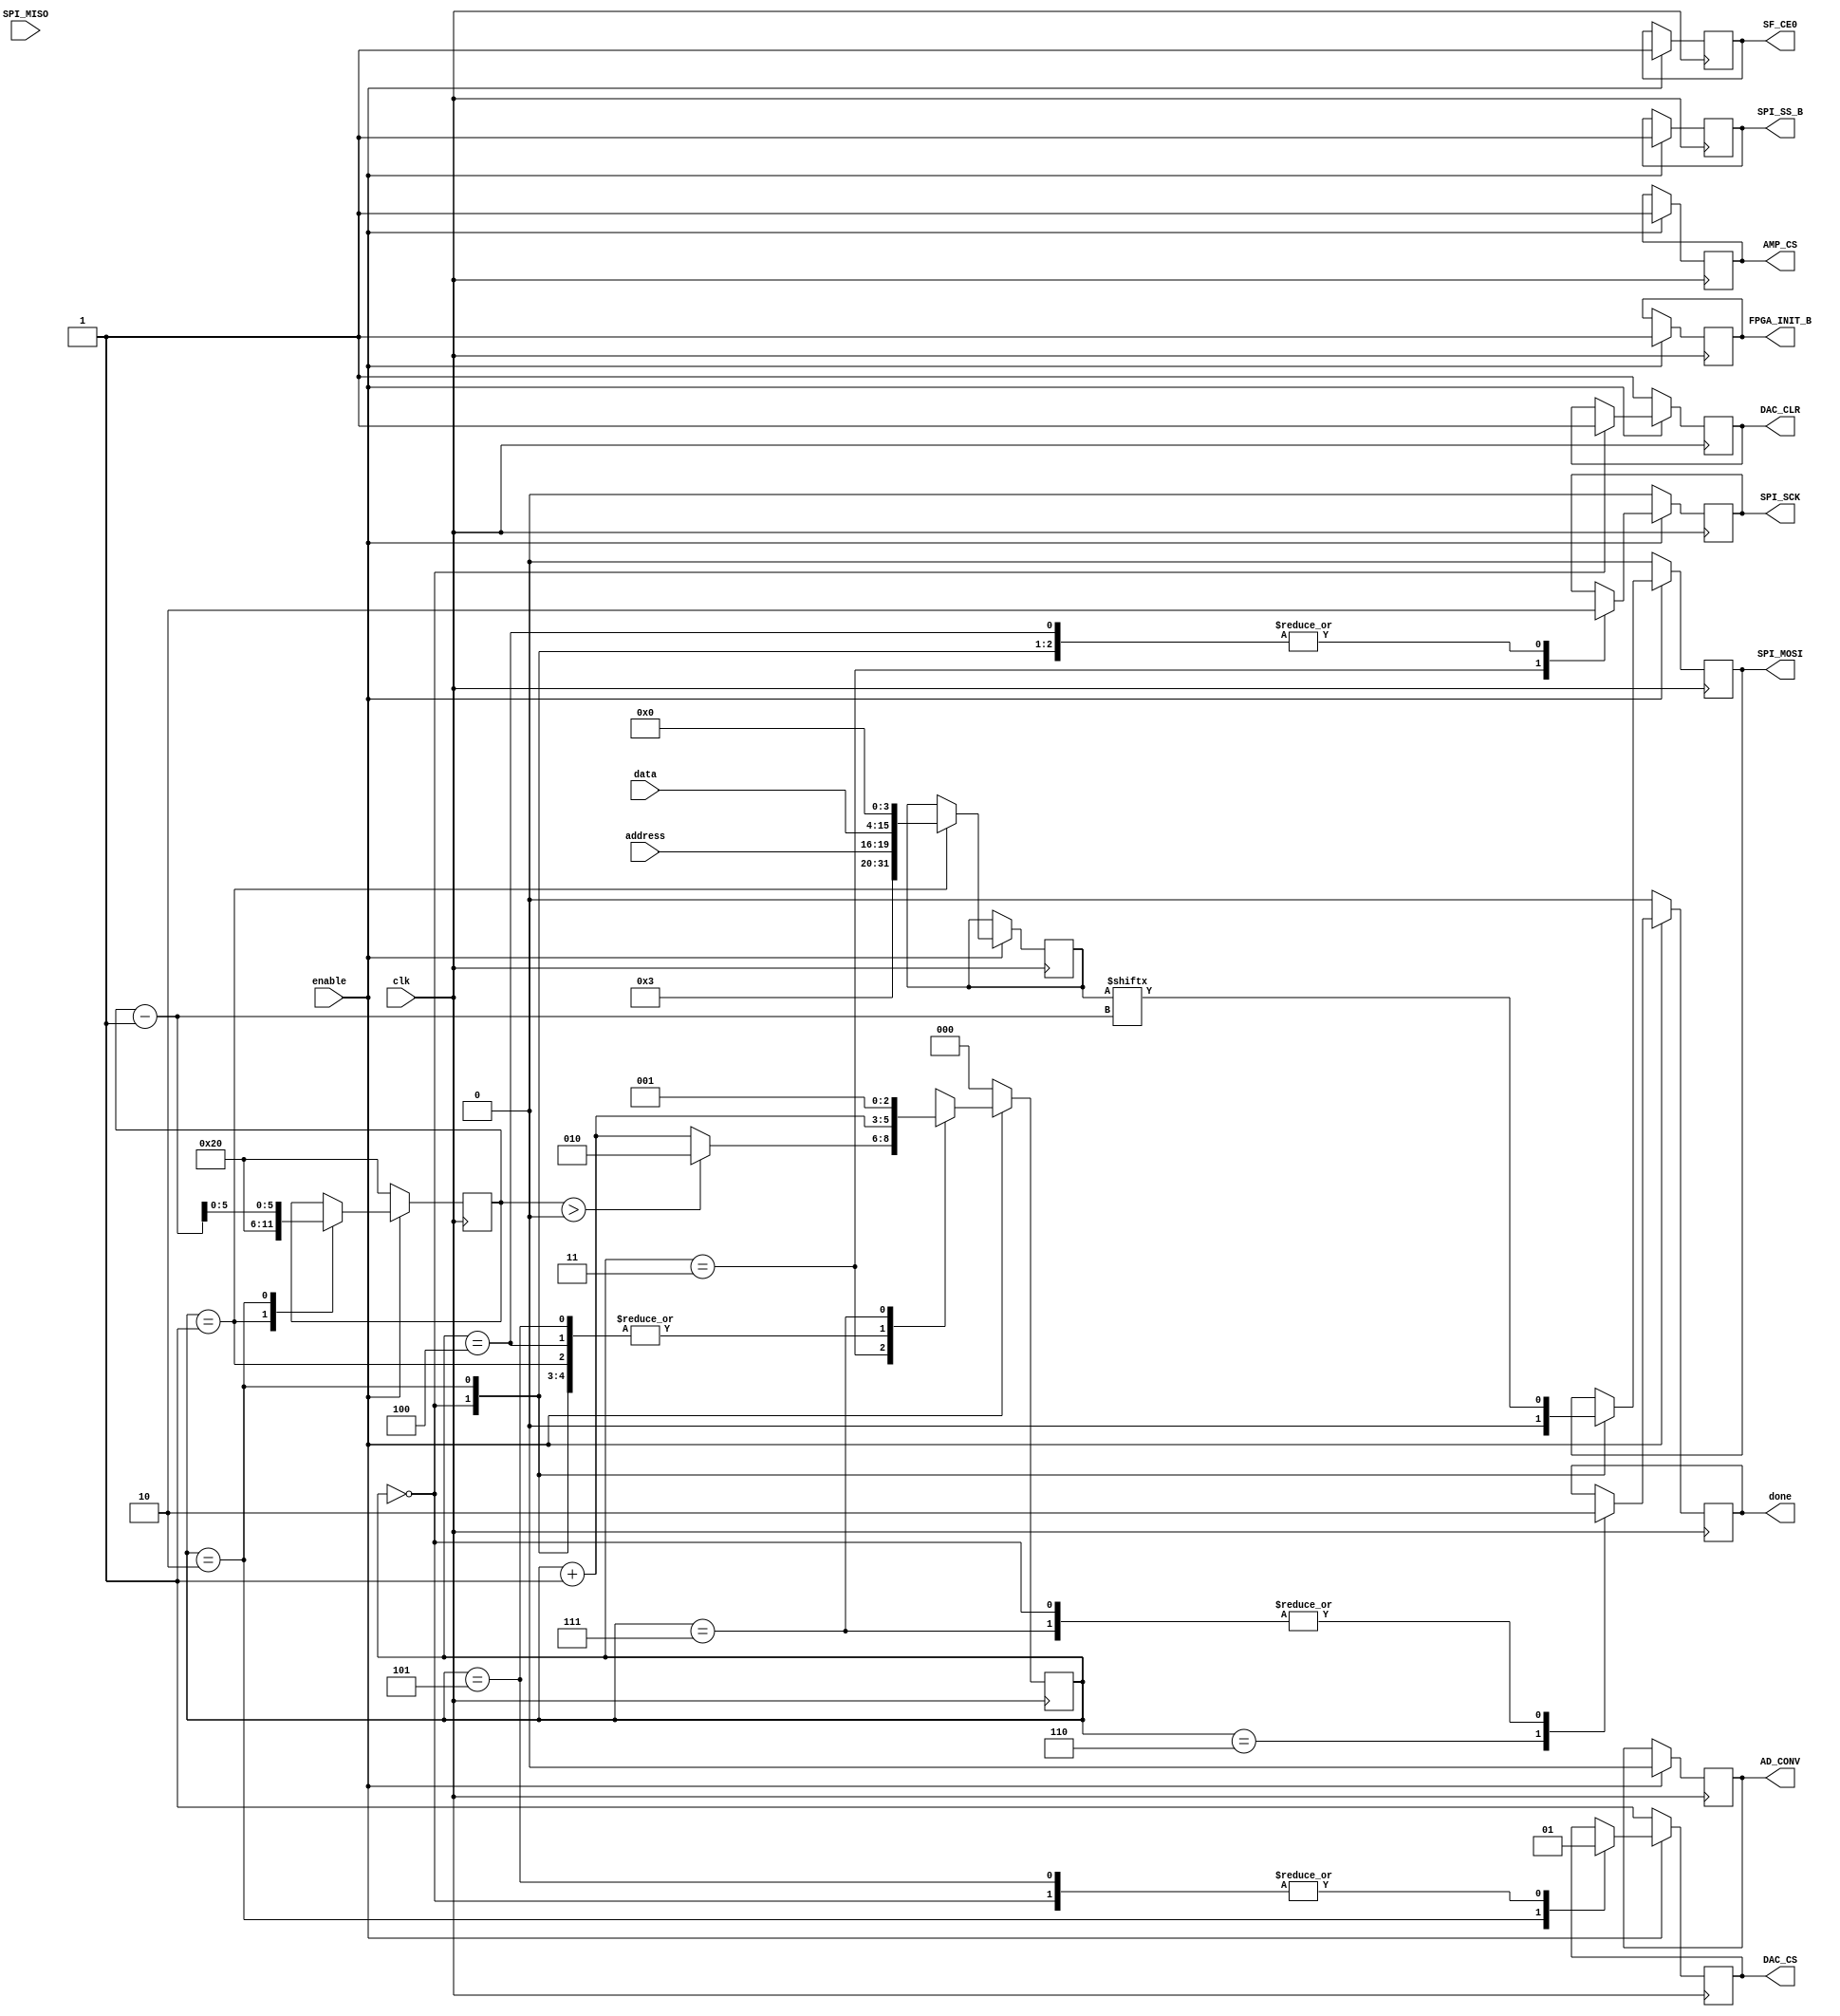
//En primer lugar, se importa el modulo DAC subido en el material docente de ucursos
`timescale 1ns / 1ps
module DAC(clk, enable, done, data, address,	SPI_MOSI, DAC_CS, SPI_SCK, DAC_CLR, SPI_MISO, SPI_SS_B, AMP_CS, AD_CONV, SF_CE0, FPGA_INIT_B); //modulo de ucursos

	// input and outputs
	input 	clk, enable, SPI_MISO;
	output	done;			// goes high for one clock cycle when done
	input 	[11:0]	data;		// desired DAC value
	input 	[3:0]	address;	// DAC want to use
	output 	SPI_MOSI, DAC_CS, SPI_SCK, DAC_CLR;
	output 	SPI_SS_B, AMP_CS, AD_CONV, SF_CE0, FPGA_INIT_B;

	wire 	clk, enable, SPI_MISO;
	reg		done;
	wire 	[11:0]	data;
	wire 	[3:0]	address;
	reg 	SPI_MOSI, DAC_CS, SPI_SCK, DAC_CLR;
	reg 	SPI_SS_B, AMP_CS, AD_CONV, SF_CE0, FPGA_INIT_B;

	// internal variables
	reg [2:0] 	Cs = 0;
	reg [31:0]	send;
	reg [5:0]	bit_pos = 32;	

	always @(posedge clk) begin
		// when enable is on
		if (enable == 1) begin
			// disable other SPI devices
			SPI_SS_B 	<= 1;
			AMP_CS 		<= 1;
			AD_CONV 		<= 0;
			SF_CE0 		<= 1;
			FPGA_INIT_B <= 1;

			case (Cs)
				0:	begin
						// initial
						DAC_CS 	<= 1;
						SPI_MOSI <= 0;
						SPI_SCK	<= 0;
						DAC_CLR	<= 1;
						done 		<= 0;
						Cs <= Cs + 1;
					end
				1: begin
						// set data to be sent
						send <= {8'b00000000, 4'b0011, address, data, 4'b0000};

						// set for next
						bit_pos <= 32;
						Cs <= Cs + 1;
					end
				2: begin
						// start sending
						DAC_CS 	<= 0;

						// lower clock
						SPI_SCK	<= 0;

						// set data pin
						SPI_MOSI <= send[bit_pos-1];
						bit_pos <= bit_pos - 1;
						Cs <= Cs + 1;
					end
				3: begin
						// rise spi clock
						if (bit_pos > 0) begin
							SPI_SCK <= 1;
							Cs <= 2;
						end else begin
							SPI_SCK <= 1;
							Cs <= Cs + 1;
						end
					end
				4: begin
						SPI_SCK <= 0;
						Cs <= Cs + 1;
					end
				5: begin
						DAC_CS <= 1;
						Cs <= Cs + 1;
					end
				6: begin
						done <= 1;	// send done signal
						Cs <= Cs + 1;
					end
				7: begin
						done <= 0;	// go back to loop
						Cs <= 1;
					end
				default: begin
						DAC_CS 	<= 1;
						SPI_MOSI <= 0;
						SPI_SCK	<= 0;
						DAC_CLR	<= 1;
					end
			endcase
		end else begin
			// reset
			DAC_CS 	<= 1;
			SPI_MOSI <= 0;
			SPI_SCK	<= 0;
			DAC_CLR	<= 1;
			done 		<= 0;
			Cs 		<= 0;
			bit_pos 	<= 32;
		end
	end
endmodule

//Posteriormente se crea el modulo que interpreta las seales enviadas por el teclado.
module PianoG1(CLK, CLK_K, K_DATA, SPI_MOSI, DAC_CS, SPI_SCK, DAC_CLR, SPI_MISO, SPI_SS_B, SF_CE0, FPGA_INIT_B, AD_CONV, AMP_CS);

	//Declaramos entradas
	input CLK; //Reloj de la FGPA
	input CLK_K, K_DATA; //Reloj y datos del teclado
	input SPI_MISO; //Entrada DAC

	//Salidas DAC
	output SPI_MOSI, DAC_CS, SPI_SCK, DAC_CLR;
	output SPI_SS_B, SF_CE0, FPGA_INIT_B, AD_CONV, AMP_CS;
	
	//Codificamos las teclas a usar del teclado (8 bits)
	wire [7:0] A=8'h1C;
	wire [7:0] S=8'h1B;
	wire [7:0] D=8'h23;
	wire [7:0] F=8'h2B;
	wire [7:0] G=8'h34;
	wire [7:0] H=8'h33;
	wire [7:0] J=8'h3B;
	wire [7:0] K=8'h42;
	wire [7:0] L=8'h4B;
	wire [7:0] Q=8'h15;
	wire [7:0] W=8'h1D;
	wire [7:0] E=8'h24;
	wire [7:0] R=8'h2D;
	wire [7:0] T=8'h2C;
	wire [7:0] Y=8'h35;
	wire [7:0] U=8'h3C;
	wire [7:0] I=8'h43;
	wire [7:0] O=8'h44;
	wire [7:0] P=8'h4D;
	
	//Definimos las notas, las cuales actualizaran su valor si se pulsa una tecla 
	reg LAmm;
	reg SImm;
	reg DOm;
	reg REm;
	reg MIm;
	reg FAm;
	reg SOLm;
	reg LAm;
	reg SIm;
	reg DO;
	reg RE;
	reg MI;
	reg FA;
	reg SOL;
	reg LA;
	reg SI;
	reg DOM;
	reg REM;
	reg MIM;
	
	//Definimos las variables que controlan las frecuencias para cada nota
	reg [20:0] FRECLAmm;
	reg [20:0] FRECSImm;
	reg [20:0] FRECDOm;
	reg [20:0] FRECREm;
	reg [20:0] FRECMIm;
	reg [20:0] FRECFAm;
	reg [20:0] FRECSOLm;
	reg [20:0] FRECLAm;
	reg [20:0] FRECSIm;
	reg [20:0] FRECDO;
	reg [20:0] FRECRE;
	reg [20:0] FRECMI;
	reg [20:0] FRECFA;
	reg [20:0] FRECSOL;
	reg [20:0] FRECLA;
	reg [20:0] FRECSI;
	reg [20:0] FRECDOM;
	reg [20:0] FRECREM;
	reg [20:0] FRECMIM;
	
	//Definimos el estado de cada nota, esto es, si va a sonar o no
	reg notaLAmm;
	reg notaSImm;
	reg notaDOm;
	reg notaREm;
	reg notaMIm;
	reg notaFAm;
	reg notaSOLm;
	reg notaLAm;
	reg notaSIm;
	reg notaDO;
	reg notaRE;
	reg notaMI;
	reg notaFA;
	reg notaSOL;
	reg notaLA;
	reg notaSI;
	reg notaDOM;
	reg notaREM;
	reg notaMIM;
	reg nota;

	// Codigo de lectura del teclado, obtenido en:
	//https://www.instructables.com/id/PS2-Keyboard-for-FPGA/
	reg read ;//this is 1 if still waits to receive more bits 
	reg [11:0] count_reading; //this is used to detect how much time passed since it received the previous codeword
	reg PREVIOUS_STATE;//used to check the previous state of the keyboard clock signal to know if it changed
	reg scan_err; //this becomes one if an error was received somewhere in the packet
	reg [10:0] scan_code; //this stores 11 received bits
	reg [7:0] CODEWORD; //this stores only the DATA codeword
	reg TRIG_ARR; //this is triggered when full 11 bits are received
	reg [3:0] COUNT; //tells how many bits were received until now (from 0 to 11)
	reg TRIGGER=0; //This acts as a 250 times slower than the board clock. 
	reg [7:0] DOWNCOUNTER=0; //This is used together with TRIGGER - look the code
	reg [7:0]LAST_KEY=8'h0; //Usada para setear en 0 cuando se deje de presionar una tecla
	
	
	//Set initial values
	initial begin
		PREVIOUS_STATE = 1;		
		scan_err = 0;		
		scan_code = 0;
		COUNT = 0;			
		CODEWORD = 0;
		read = 0;
		count_reading = 0;
		
		//Seteamos en 0 tambien las notas
		LAmm = 0;
		SImm = 0;
		DOm = 0;
		REm = 0;
		MIm = 0;
		FAm = 0;
		SOLm = 0;
		LAm = 0;
		SIm = 0;
		DO = 0;
		RE = 0;
		MI = 0;
		FA = 0;
		SOL = 0;
		LA = 0;
		SI = 0;
		DOM = 0;
		REM = 0;
		MIM = 0;
	end
	
		always @(posedge CLK) begin//This reduces the frequency 250 times			
		if (DOWNCOUNTER < 249) begin//uses variable TRIGGER as the new board clock 
			DOWNCOUNTER <= DOWNCOUNTER + 1;
			TRIGGER <= 0;
		end
		else begin
			DOWNCOUNTER <= 0;
			TRIGGER <= 1;
		end
	end
	
	always @(posedge CLK) begin	
		if (TRIGGER) begin
			if (read)//if it still waits to read full packet of 11 bits, then (read == 1)
				count_reading <= count_reading + 1;	//and it counts up this variable
			else //and later if check to see how big this value is.
				count_reading <= 0;	//if it is too big, then it resets the received data
		end
	end


	always @(posedge CLK) begin		
	if (TRIGGER) begin//If the down counter (CLK/250) is ready
		if (CLK_K != PREVIOUS_STATE) begin//if the state of Clock pin changed from previous state
			if (!CLK_K) begin//and if the keyboard clock is at falling edge
				read <= 1;//mark down that it is still reading for the next bit
				scan_err <= 0;//no errors
				scan_code[10:0] <= {K_DATA, scan_code[10:1]};//add up the data received by shifting bits and adding one new bit
				COUNT <= COUNT + 1;			//
			end
		end
		else if (COUNT == 11) begin	//if it already received 11 bits
			COUNT <= 0;
			read <= 0;//mark down that reading stopped
			TRIG_ARR <= 1;//trigger out that the full pack of 11bits was received
			//calculate scan_err using parity bit
			if (!scan_code[10] || scan_code[0] || !(scan_code[1]^scan_code[2]^scan_code[3]^scan_code[4]
				^scan_code[5]^scan_code[6]^scan_code[7]^scan_code[8]
				^scan_code[9]))
				scan_err <= 1;
			else 
				scan_err <= 0;
		end	
		else  begin	//if it yet not received full pack of 11 bits
			TRIG_ARR <= 0;	//tell that the packet of 11bits was not received yet
			if (COUNT < 11 && count_reading >= 4000) begin	
			//and if after a certain time no more bits were received, then
				COUNT <= 0;	//reset the number of bits received
				read <= 0;	//and wait for the next packet
			end
		end
	PREVIOUS_STATE <= CLK_K;//mark down the previous state of the keyboard clock
	end
	end


	always @(posedge CLK) begin
		if (TRIGGER) begin	//if the 250 times slower than board clock triggers
			if (TRIG_ARR) begin	//and if a full packet of 11 bits was received
				if (scan_err) begin	//BUT if the packet was NOT OK
					CODEWORD <= 8'd0;//then reset the codeword register
				end
				else begin
					CODEWORD <= scan_code[8:1];	//else drop down the unnecessary  bits and transport the 7 DATA bits to CODEWORD reg
				end	//notice, that the codeword is also reversed! This is because the first bit to received
			end	//is supposed to be the last bit in the codeword
			else CODEWORD <= 8'd0;	//not a full packet received, thus reset codeword
		end
		else CODEWORD <= 8'd0;	//no clock trigger, no data
	end
	
	
	//Con esto seteamos en 0 si dejamos de presionar la tecla, y 1 en caso contrario
	always @(posedge CLK) begin
	if (CODEWORD != 8'd0)
		begin 
		case(CODEWORD)
			A: LAmm<= (LAST_KEY == 8'hF0)? 0:1;
			S: SImm<= (LAST_KEY == 8'hF0)? 0:1;
			D: DOm<= (LAST_KEY == 8'hF0)? 0:1;
			F: REm<= (LAST_KEY == 8'hF0)? 0:1;
			G: MIm<= (LAST_KEY == 8'hF0)? 0:1;
			H: FAm<= (LAST_KEY == 8'hF0)? 0:1;
			J: SOLm<= (LAST_KEY == 8'hF0)? 0:1;
			K: LAm<= (LAST_KEY == 8'hF0)? 0:1;
			L: SIm<= (LAST_KEY == 8'hF0)? 0:1;
			Q: DO<= (LAST_KEY == 8'hF0)? 0:1;
			W: RE<= (LAST_KEY == 8'hF0)? 0:1;
			E: MI<= (LAST_KEY == 8'hF0)? 0:1;
			R: FA<= (LAST_KEY == 8'hF0)? 0:1;
			T: SOL<= (LAST_KEY == 8'hF0)? 0:1;
			Y: LA<= (LAST_KEY == 8'hF0)? 0:1;
			U: SI<= (LAST_KEY == 8'hF0)? 0:1;
			I: DOM<= (LAST_KEY == 8'hF0)? 0:1;
			O: REM<= (LAST_KEY == 8'hF0)? 0:1;
			P: MIM<= (LAST_KEY == 8'hF0)? 0:1;
			
		endcase
		LAST_KEY <= CODEWORD;
		end
	end
	

	//Podemos crear las frecuencias de las notas con la tecnica de CLOCK-DIVIDER
	//Siempre que estemos en el flanco positivo del reloj del teclado, entramos
	always @(posedge CLK) begin
	//Preguntamos si el contador alcanzo la frecuencia ponderada de la nota
	
	//LA2
	if (FRECLAmm == 454545)
		//Si se cumple la condicion, resetamos el contador a 0
		FRECLAmm <= 0;
	//Si no hemos alcanzado la frecuencia ponderada, aumentamos en uno el contador
	else 
		FRECLAmm <= FRECLAmm + 1;
	//Preguntamos si se esta presionando la tecla LA1
	if (LAmm)
		//Si es asi, entonces lo que va a sonar sera el bit mas significativo del contador
		notaLAmm <= FRECLAmm[16];
		
	//Repetimos este proceso para el resto de notas
	//SI2
	if (FRECSImm == 404957)
		FRECSImm <= 0;
	else 
		FRECSImm <= FRECSImm + 1;
	if (SImm)
		notaSImm <= FRECSImm[16];
	
	//DO3
	if (FRECDOm == 382234)
		FRECDOm <= 0;
	else 
		FRECDOm <= FRECDOm + 1;
	if (DOm)
		notaDOm <= FRECDOm[16];
	
	//RE3
	if (FRECREm == 340530)
		FRECREm <= 0;
	else 
		FRECREm <= FRECREm + 1;
	if (REm)
		notaREm <= FRECREm[16];	
	
	//MI3
	if (FRECMIm == 303380)
		FRECMIm <= 0;
	else 
		FRECMIm <= FRECMIm + 1;
	if (MIm)
		notaMIm <= FRECMIm[16];	
		
	//FA3
	if (FRECFAm == 286352)
		FRECFAm <= 0;
	else 
		FRECFAm <= FRECFAm + 1;
	if (FAm)
		notaFAm <= FRECFAm[16];	
		
	//SOL3
	if (FRECSOLm == 255102)
		FRECSOLm <= 0;
	else 
		FRECSOLm <= FRECSOLm + 1;
	if (SOLm)
		notaSOLm <= FRECSOLm[16];	
		
	//LA3
	if (FRECLAm == 227272)
		FRECLAm <= 0;
	else 
		FRECLAm <= FRECLAm + 1;
	if (LAm)
		notaLAm <= FRECLAm[16];	
		
	//SI3
	if (FRECSIm == 202478)
		FRECSIm <= 0;
	else 
		FRECSIm <= FRECSIm + 1;
	if (SIm)
		notaSIm <= FRECSIm[16];
		
	//DO4	
	if (FRECDO == 191109)
		FRECDO <= 0;
	else 
		FRECDO <= FRECDO + 1;
	if (DO)
		notaDO <= FRECDO[16];
		
	//RE4	
	if (FRECRE == 170648)
		FRECRE <= 0;
	else 
		FRECRE <= FRECRE + 1;
	if (RE)
		notaRE <= FRECRE[16];

	//MI4
	if (FRECMI == 151976)
		FRECMI <= 0;
	else 
		FRECMI <= FRECMI + 1;
	if (MI)
		notaMI <= FRECMI[16];
		
	//FA4
	if (FRECFA == 143266)
		FRECFA <= 0;
	else 
		FRECFA <= FRECFA + 1;
	if (FA)
		notaFA <= FRECFA[16];
		
	//SOL4
	if (FRECSOL == 127877)
		FRECSOL <= 0;
	else 
		FRECSOL <= FRECSOL + 1;
	if (SOL)
		notaSOL <= FRECSOL[16];
	
	//LA4
	if (FRECLA == 113636)
		FRECLA <= 0;
	else 
		FRECLA <= FRECLA + 1;
	if (LA)
		notaLA <= FRECLA[16];
		
	//SI4
	if (FRECSI == 101420)
		FRECSI <= 0;
	else 
		FRECSI <= FRECSI + 1;
	if (SI)
		notaSI <= FRECSI[16];	
		
	//DO5
	if (FRECDOM == 95602)
		FRECDOM <= 0;
	else 
		FRECDOM <= FRECDOM + 1;
	if (DOM)
		notaDOM <= FRECDOM[16];	
	
	//RE5
	if (FRECREM == 85131)
		FRECREM <= 0;
	else 
		FRECREM <= FRECREM + 1;
	if (REM)
		notaREM <= FRECREM[16];	
	
	//MI5
	if (FRECMIM == 75843)
		FRECMIM <= 0;
	else 
		FRECMIM <= FRECMIM + 1;
	if (MIM)
		notaMIM <= FRECMIM[16];	
	end
	
	//Siempre que estemos en el flanco positivo del reloj del teclado, entramos
	always @(posedge CLK)
	begin
		//Empezamos a preguntar que notas tenemos individuales estan presionadas
		//Si entramos en un if, configuramos lo que va a sonar con el sonido
		//que tendria cada nota
		if(LAmm)
			nota=notaLAmm;
		if(SImm)
			nota=notaSImm;
		if(DOm)
			nota=notaDOm;
		if(REm)
			nota=notaREm;
		if(MIm)
			nota=notaMIm;
		if(FAm)
			nota=notaFAm;
		if(SOLm)
			nota=notaSOLm;
		if(LAm)
			nota=notaLAm;
		if(SIm)
			nota=notaSIm;
		if(DO)
			nota=notaDO;
		if(RE)
			nota=notaRE;
		if(MI)
			nota=notaMI;
		if(FA)
			nota=notaFA;
		if(SOL)
			nota=notaSOL;
		if(LA)
			nota=notaLA;
		if(SI)
			nota=notaSI;
		if(DOM)
			nota=notaDOM;
		if(REM)
			nota=notaREM;
		if(MIM)
			nota=notaMIM;
			
		//Hacemos lo mismo, pero para todas las diadas posibles
		if (LAmm&&SImm)
			nota=notaLAmm|notaSImm;
		if (LAmm&&DOm)
			nota=notaLAmm|notaDOm;
		if (LAmm&&REm)
			nota=notaLAmm|notaREm;
		if (LAmm&&MIm)
			nota=notaLAmm|notaMIm;
		if (LAmm&&FAm)
			nota=notaLAmm|notaFAm;
		if (LAmm&&SOLm)
			nota=notaLAmm|notaSOLm;
		if (LAmm&&LAm)
			nota=notaLAmm|notaLAm;
		if (LAmm&&SIm)
			nota=notaLAmm|notaSIm;
		if (LAmm&&DO)
			nota=notaLAmm|notaDO;
		if (LAmm&&RE)
			nota=notaLAmm|notaRE;
		if (LAmm&&MI)
			nota=notaLAmm|notaMI;
		if (LAmm&&FA)
			nota=notaLAmm|notaFA;
		if (LAmm&&SOL)
			nota=notaLAmm|notaSOL;
		if (LAmm&&LA)
			nota=notaLAmm|notaLA;
		if (LAmm&&SI)
			nota=notaLAmm|notaSI;
		if (LAmm&&DOM)
			nota=notaLAmm|notaDOM;
		if (LAmm&&REM)
			nota=notaLAmm|notaREM;
		if (LAmm&&MIM)
			nota=notaLAmm|notaMIM;
		
		if (SImm&&DOm)
			nota=notaSImm|notaDOm;
		if (SImm&&REm)
			nota=notaSImm|notaREm;
		if (SImm&&MIm)
			nota=notaSImm|notaMIm;
		if (SImm&&FAm)
			nota=notaSImm|notaFAm;
		if (SImm&&SOLm)
			nota=notaSImm|notaSOLm;
		if (SImm&&LAm)
			nota=notaSImm|notaLAm;
		if (SImm&&SIm)
			nota=notaSImm|notaSIm;
		if (SImm&&DO)
			nota=notaSImm|notaDO;
		if (SImm&&RE)
			nota=notaSImm|notaRE;
		if (SImm&&MI)
			nota=notaSImm|notaMI;
		if (SImm&&FA)
			nota=notaSImm|notaFA;
		if (SImm&&SOL)
			nota=notaSImm|notaSOL;
		if (SImm&&LA)
			nota=notaSImm|notaLA;
		if (SImm&&SI)
			nota=notaSImm|notaSI;
		if (SImm&&DOM)
			nota=notaSImm|notaDOM;
		if (SImm&&REM)
			nota=notaSImm|notaREM;
		if (SImm&&MIM)
			nota=notaSImm|notaMIM;
			
		if (DOm&&REm)
			nota=notaDOm|notaREm;
		if (DOm&&MIm)
			nota=notaDOm|notaMIm;
		if (DOm&&FAm)
			nota=notaDOm|notaFAm;
		if (DOm&&SOLm)
			nota=notaDOm|notaSOLm;
		if (DOm&&LAm)
			nota=notaDOm|notaLAm;
		if (DOm&&SIm)
			nota=notaDOm|notaSIm;
		if (DOm&&DO)
			nota=notaDOm|notaDO;
		if (DOm&&RE)
			nota=notaDOm|notaRE;
		if (DOm&&MI)
			nota=notaDOm|notaMI;
		if (DOm&&FA)
			nota=notaDOm|notaFA;
		if (DOm&&SOL)
			nota=notaDOm|notaSOL;
		if (DOm&&LA)
			nota=notaDOm|notaLA;
		if (DOm&&SI)
			nota=notaDOm|notaSI;
		if (DOm&&DOM)
			nota=notaDOm|notaDOM;
		if (DOm&&REM)
			nota=notaDOm|notaREM;
		if (DOm&&MIM)
			nota=notaDOm|notaMIM;
			
		if (REm&&MIm)
			nota=notaREm|notaMIm;
		if (REm&&FAm)
			nota=notaREm|notaFAm;
		if (REm&&SOLm)
			nota=notaREm|notaSOLm;
		if (REm&&LAm)
			nota=notaREm|notaLAm;
		if (REm&&SIm)
			nota=notaREm|notaSIm;
		if (REm&&DO)
			nota=notaREm|notaDO;
		if (REm&&RE)
			nota=notaREm|notaRE;
		if (REm&&MI)
			nota=notaREm|notaMI;
		if (REm&&FA)
			nota=notaREm|notaFA;
		if (REm&&SOL)
			nota=notaREm|notaSOL;
		if (REm&&LA)
			nota=notaREm|notaLA;
		if (REm&&SI)
			nota=notaREm|notaSI;
		if (REm&&DOM)
			nota=notaREm|notaDOM;
		if (REm&&REM)
			nota=notaREm|notaREM;
		if (REm&&MIM)
			nota=notaREm|notaMIM;
			
		if (MIm&&FAm)
			nota=notaMIm|notaFAm;
		if (MIm&&SOLm)
			nota=notaMIm|notaSOLm;
		if (MIm&&LAm)
			nota=notaMIm|notaLAm;
		if (MIm&&SIm)
			nota=notaMIm|notaSIm;
		if (MIm&&DO)
			nota=notaMIm|notaDO;
		if (MIm&&RE)
			nota=notaMIm|notaRE;
		if (MIm&&MI)
			nota=notaMIm|notaMI;
		if (MIm&&FA)
			nota=notaMIm|notaFA;
		if (MIm&&SOL)
			nota=notaMIm|notaSOL;
		if (MIm&&LA)
			nota=notaMIm|notaLA;
		if (MIm&&SI)
			nota=notaMIm|notaSI;
		if (MIm&&DOM)
			nota=notaMIm|notaDOM;
		if (MIm&&REM)
			nota=notaMIm|notaREM;
		if (MIm&&MIM)
			nota=notaMIm|notaMIM;
			
		if (FAm&&SOLm)
			nota=notaFAm|notaSOLm;
		if (FAm&&LAm)
			nota=notaFAm|notaLAm;
		if (FAm&&SIm)
			nota=notaFAm|notaSIm;
		if (FAm&&DO)
			nota=notaFAm|notaDO;
		if (FAm&&RE)
			nota=notaFAm|notaRE;
		if (FAm&&MI)
			nota=notaFAm|notaMI;
		if (FAm&&FA)
			nota=notaFAm|notaFA;
		if (FAm&&SOL)
			nota=notaFAm|notaSOL;
		if (FAm&&LA)
			nota=notaFAm|notaLA;
		if (FAm&&SI)
			nota=notaFAm|notaSI;
		if (FAm&&DOM)
			nota=notaFAm|notaDOM;
		if (FAm&&REM)
			nota=notaFAm|notaREM;
		if (FAm&&MIM)
			nota=notaFAm|notaMIM;

		if (SOLm&&LAm)
			nota=notaSOLm|notaLAm;
		if (SOLm&&SIm)
			nota=notaSOLm|notaSIm;
		if (SOLm&&DO)
			nota=notaSOLm|notaDO;
		if (SOLm&&RE)
			nota=notaSOLm|notaRE;
		if (SOLm&&MI)
			nota=notaSOLm|notaMI;
		if (SOLm&&FA)
			nota=notaSOLm|notaFA;
		if (SOLm&&SOL)
			nota=notaSOLm|notaSOL;
		if (SOLm&&LA)
			nota=notaSOLm|notaLA;
		if (SOLm&&SI)
			nota=notaSOLm|notaSI;
		if (SOLm&&DOM)
			nota=notaSOLm|notaDOM;
		if (SOLm&&REM)
			nota=notaSOLm|notaREM;
		if (SOLm&&MIM)
			nota=notaSOLm|notaMIM;

		if (LAm&&SIm)
			nota=notaLAm|notaSIm;
		if (LAm&&DO)
			nota=notaLAm|notaDO;
		if (LAm&&RE)
			nota=notaLAm|notaRE;
		if (LAm&&MI)
			nota=notaLAm|notaMI;
		if (LAm&&FA)
			nota=notaLAm|notaFA;
		if (LAm&&SOL)
			nota=notaLAm|notaSOL;
		if (LAm&&LA)
			nota=notaLAm|notaLA;
		if (LAm&&SI)
			nota=notaLAm|notaSI;
		if (LAm&&DOM)
			nota=notaLAm|notaDOM;
		if (LAm&&REM)
			nota=notaLAm|notaREM;
		if (LAm&&MIM)
			nota=notaLAm|notaMIM;
		
		if (SIm&&DO)
			nota=notaSIm|notaDO;
		if (SIm&&RE)
			nota=notaSIm|notaRE;
		if (SIm&&MI)
			nota=notaSIm|notaMI;
		if (SIm&&FA)
			nota=notaSIm|notaFA;
		if (SIm&&SOL)
			nota=notaSIm|notaSOL;
		if (SIm&&LA)
			nota=notaSIm|notaLA;
		if (SIm&&SI)
			nota=notaSIm|notaSI;
		if (SIm&&DOM)
			nota=notaSIm|notaDOM;
		if (SIm&&REM)
			nota=notaSIm|notaREM;
		if (SIm&&MIM)
			nota=notaSIm|notaMIM;
		
		//Desde aqui comienza la generacion de acordes original
		if (DO&&RE)
			nota=notaDO|notaRE;
		if (DO&&MI)
			nota=notaDO|notaMI;
		if (DO&&FA)
			nota=notaDO|notaFA;
		if (DO&&SOL)
			nota=notaDO|notaSOL;
		if (DO&&LA)
			nota=notaDO|notaLA;
		if (DO&&SI)
			nota=notaDO|notaSI;
		if (DO&&DOM)
			nota=notaDO|notaDOM;
		if (DO&&REM)
			nota=notaDO|notaREM;
		if (DO&&MIM)
			nota=notaDO|notaMIM;
			
		if (RE&&MI)
			nota=notaRE|notaMI;
		if (RE&&FA)
			nota=notaRE|notaFA;
		if (RE&&SOL)
			nota=notaRE|notaSOL;
		if (RE&&LA)
			nota=notaRE|notaLA;
		if (RE&&SI)
			nota=notaRE|notaSI;
		if (RE&&DOM)
			nota=notaRE|notaDOM;
		if (RE&&REM)
			nota=notaRE|notaREM;
		if (RE&&MIM)
			nota=notaRE|notaMIM;
			
		if (MI&&FA)
			nota=notaMI|notaFA;
		if (MI&&SOL)
			nota=notaMI|notaSOL;
		if (MI&&LA)
			nota=notaMI|notaLA;
		if (MI&&SI)
			nota=notaMI|notaSI;
		if (MI&&DOM)
			nota=notaMI|notaDOM;
		if (MI&&REM)
			nota=notaMI|notaREM;
		if (MI&&MIM)
			nota=notaMI|notaMIM;
			
		if (FA&&SOL)
			nota=notaFA|notaSOL;
		if (FA&&LA)
			nota=notaFA|notaLA;
		if (FA&&SI)
			nota=notaFA|notaSI;
		if (FA&&DOM)
			nota=notaFA|notaDOM;
		if (FA&&REM)
			nota=notaFA|notaREM;
		if (FA&&MIM)
			nota=notaFA|notaMIM;
			
		if (SOL&&LA)
			nota=notaSOL|notaLA;
		if (SOL&&SI)
			nota=notaSOL|notaSI;
		if (SOL&&DOM)
			nota=notaSOL|notaDOM;
		if (SOL&&REM)
			nota=notaSOL|notaREM;
		if (SOL&&MIM)
			nota=notaSOL|notaMIM;
			
		if (LA&&SI)
			nota=notaLA|notaSI;
		if (LA&&DOM)
			nota=notaLA|notaDOM;
		if (LA&&REM)
			nota=notaLA|notaREM;
		if (LA&&MIM)
			nota=notaLA|notaMIM;
		
		if (SI&&DOM)
			nota=notaSI|notaDOM;
		if (SI&&REM)
			nota=notaSI|notaREM;
		if (SI&&MIM)
			nota=notaSI|notaMIM;
			
		if (DOM&&REM)
			nota=notaDOM|notaREM;
		if (DOM&&MIM)
			nota=notaDOM|notaMIM;
			
		if (REM&&MIM)
			nota=notaREM|notaMIM;
		
		//Nuevamente, lo mismo de antes, pero con triadas (acordes)
		//Solamente se generaran para las notas originales por simplicidad de codigo
		//Nota base DO
		if(DO&&RE&&MI)
			nota=notaDO|notaRE|notaMI;
		if(DO&&RE&&FA)
			nota=notaDO|notaRE|notaFA;
		if(DO&&RE&&SOL)
			nota=notaDO|notaRE|notaSOL;
		if(DO&&RE&&LA)
			nota=notaDO|notaRE|notaLA;
		if(DO&&RE&&SI)
			nota=notaDO|notaRE|notaSI;
		if(DO&&RE&&DOM)
			nota=notaDO|notaRE|notaDOM;
		if(DO&&MI&&FA)
			nota=notaDO|notaMI|notaFA;
		if(DO&&MI&&SOL)
			nota=notaDO|notaMI|notaSOL;
		if(DO&&MI&&LA)
			nota=notaDO|notaMI|notaLA;
		if(DO&&MI&&SI)
			nota=notaDO|notaMI|notaSI;
		if(DO&&MI&&DOM)
			nota=notaDO|notaMI|notaDOM;
		if(DO&&FA&&SOL)
			nota=notaDO|notaFA|notaSOL;
		if(DO&&FA&&LA)
			nota=notaDO|notaFA|notaLA;
		if(DO&&FA&&SI)
			nota=notaDO|notaFA|notaSI;
		if(DO&&FA&&DOM)
			nota=notaDO|notaFA|notaDOM;
		if(DO&&SOL&&LA)
			nota=notaDO|notaSOL|notaLA;
		if(DO&&SOL&&SI)
			nota=notaDO|notaSOL|notaSI;
		if(DO&&SOL&&DOM)
			nota=notaDO|notaSOL|notaDOM;
		if(DO&&LA&&SI)
			nota=notaDO|notaLA|notaSI;
		if(DO&&LA&&DOM)
			nota=notaDO|notaLA|notaDOM;
		if(DO&&SI&&DOM)
			nota=notaDO|notaSI|notaDOM;
		
		//Nota base RE
		if(RE&&MI&&FA)
			nota=notaRE|notaMI|notaFA;
		if(RE&&MI&&SOL)
			nota=notaRE|notaMI|notaSOL;
		if(RE&&MI&&LA)
			nota=notaRE|notaMI|notaLA;
		if(RE&&MI&&SI)
			nota=notaRE|notaMI|notaSI;
		if(RE&&MI&&DOM)
			nota=notaRE|notaMI|notaDOM;
		if(RE&&FA&&SOL)
			nota=notaRE|notaFA|notaSOL;
		if(RE&&FA&&LA)
			nota=notaRE|notaFA|notaLA;
		if(RE&&FA&&SI)
			nota=notaRE|notaFA|notaSI;
		if(RE&&FA&&DOM)
			nota=notaRE|notaFA|notaDOM;
		if(RE&&SOL&&LA)
			nota=notaRE|notaSOL|notaLA;
		if(RE&&SOL&&SI)
			nota=notaRE|notaSOL|notaSI;
		if(RE&&SOL&&DOM)
			nota=notaRE|notaSOL|notaDOM;
		if(RE&&LA&&SI)
			nota=notaRE|notaLA|notaSI;
		if(RE&&LA&&DOM)
			nota=notaRE|notaLA|notaDOM;
		if(RE&&SI&&DOM)
			nota=notaRE|notaSI|notaDOM;

		//Nota base MI
		if(MI&&FA&&SOL)
			nota=notaMI|notaFA|notaSOL;
		if(MI&&FA&&LA)
			nota=notaMI|notaFA|notaLA;
		if(MI&&FA&&SI)
			nota=notaMI|notaFA|notaSI;
		if(MI&&FA&&DOM)
			nota=notaMI|notaFA|notaDOM;
		if(MI&&SOL&&LA)
			nota=notaMI|notaSOL|notaLA;
		if(MI&&SOL&&SI)
			nota=notaMI|notaSOL|notaSI;
		if(MI&&SOL&&DOM)
			nota=notaMI|notaSOL|notaDOM;
		if(MI&&LA&&SI)
			nota=notaMI|notaLA|notaSI;
		if(MI&&LA&&DOM)
			nota=notaMI|notaLA|notaDOM;
		if(MI&&SI&&DOM)
			nota=notaMI|notaSI|notaDOM;
			
		//Nota base FA
		if(FA&&SOL&&LA)
			nota=notaFA|notaSOL|notaLA;
		if(FA&&SOL&&SI)
			nota=notaFA|notaSOL|notaSI;
		if(FA&&SOL&&DOM)
			nota=notaFA|notaSOL|notaDOM;
		if(FA&&LA&&SI)
			nota=notaFA|notaLA|notaSI;
		if(FA&&LA&&DOM)
			nota=notaFA|notaLA|notaDOM;
		if(FA&&SI&&DOM)
			nota=notaFA|notaSI|notaDOM;
		
		//Nota base SOL
		if(SOL&&LA&&SI)
			nota=notaSOL|notaLA|notaSI;
		if(SOL&&LA&&DOM)
			nota=notaSOL|notaLA|notaDOM;
		if(SOL&&SI&&DOM)
			nota=notaSOL|notaSI|notaDOM;
			
		//Nota base LA
		if(LA&&SI&&DOM)
			nota=notaLA|notaSI|notaDOM;
	end

	//Modificamos algunas variables
	wire enable;
	wire done;
	wire [11:0] data;
	wire [3:0] address;
	assign enable=1; 
	assign data={nota, 11'b00000000000};
	assign address=0; 
	
	//Llamamos al modulo DAC para convertir las notas en sonido 
	DAC mod(CLK, enable, done, data, address, SPI_MOSI, DAC_CS, SPI_SCK, DAC_CLR, SPI_MISO, SPI_SS_B, AMP_CS, AD_CONV, SF_CE0, FPGA_INIT_B);	
endmodule